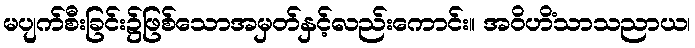
မပျက်စီးခြင်း၌ဖြစ်သောအမှတ်နှင့်လည်းကောင်း။ အဝိဟိံသာသညာယ၊